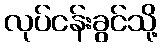
လုပ်ငန်းခွင်သို့